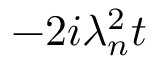
- 2 i \lambda _ { n } ^ { 2 } t